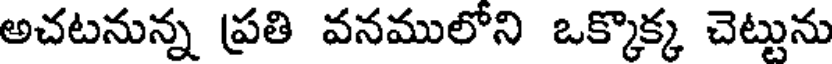
అచటనున్న ప్రతి వనములోని ఒక్కొక్క చెట్టును